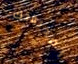
لصديقتك